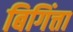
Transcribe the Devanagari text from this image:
बिगिंत्ता